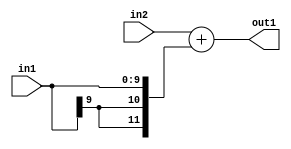
`timescale 1ps / 1ps
/*****************************************************************************
    Verilog RTL Description
    
    
    Created by: Stratus DpOpt 2019.1.01 
*******************************************************************************/

module SobelFilter_Add_11Ux10S_12S_4 (
	in2,
	in1,
	out1
	); /* architecture "behavioural" */ 
input [10:0] in2;
input [9:0] in1;
output [11:0] out1;
wire [11:0] asc001;

assign asc001 = 
	+(in2)
	+({{2{in1[9]}}, in1});

assign out1 = asc001;
endmodule

/* CADENCE  ubHyQgw= : u9/ySgnWtBlWxVPRXgAZ4Og= ** DO NOT EDIT THIS LINE ******/